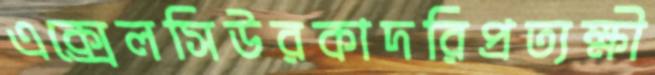
এক্সেলসিউরকাদরিপ্রত্যক্ষী